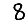
Digit: 8